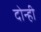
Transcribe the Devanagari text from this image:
दोन्‍ही